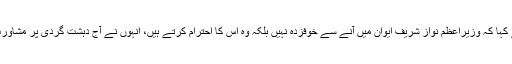
وفاقی وزیرداخلہ چوہدری نثار نے ایوان میں اظہار خیال کرتے ہوئے کہا کہ وزیراعظم نواز شریف ایوان میں آنے سے خوفزدہ نہیں بلکہ وہ اس کا احترام کرتے ہیں، انہوں نے آج دہشت گردی پر مشاورت کے باعث ایوان میں آمد ملتوی کی تاہم وہ جلد اجلاس میں آئیں گے۔